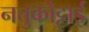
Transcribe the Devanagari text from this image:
नत्तुकोट्टाई